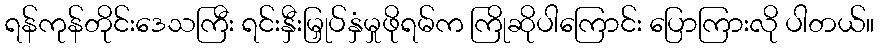
ရန်ကုန်တိုင်းဒေသကြီး ရင်းနှီးမြှုပ်နှံမှုဖိုရမ်က ကြိုဆိုပါကြောင်း ပြောကြားလို ပါတယ်။